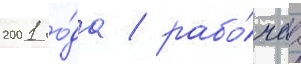
2001 го́да / рабо́чаа